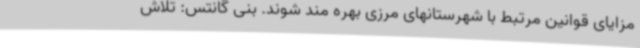
مزایای قوانین مرتبط با شهرستانهای مرزی بهره مند شوند. بنی گانتس: تلاش